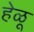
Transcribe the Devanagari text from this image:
हेळू